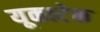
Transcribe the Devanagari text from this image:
यूकाटेक